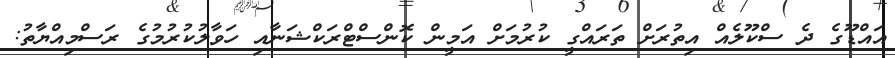
އައްޑޫގެ ދެ ސްކޫލެއް އިތުރަށް ތަރައްގީ ކުރުމަށް އަމީން ކޮންސްޓްރަކްޝަނާއި ހަވާލުކުރުމުގެ ރަސްމިއްޔާތު: